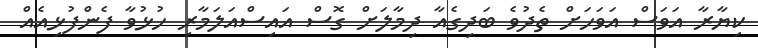
ކިޔާރާ އަވަސް އަވަހަށް ތެދުވެ ބަދިގެއާ ދިމާލަށް ގޮސް އައިސްއަލަމާރި ހުޅުވާ ފެންފުޅިއެއް